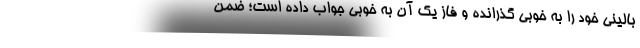
بالینی خود را به خوبی گذرانده و فاز یک آن به خوبی جواب داده است؛ ضمن